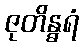
ဇုတိန္ဓရံ